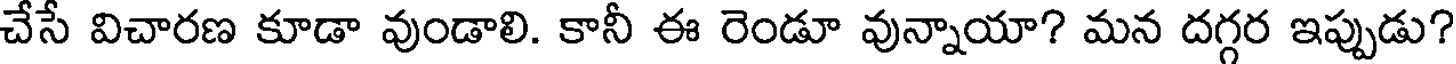
చేసే విచారణ కూడా వుండాలి. కానీ ఈ రెండూ వున్నాయా? మన దగ్గర ఇప్పుడు?